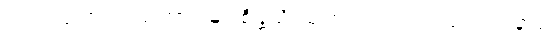
“ဥပါသက၊ ဒါယကာ။ မာ စိန္တယိ၊ မကြံလင့်။ ဣဒံ မရဏံ နာမ၊